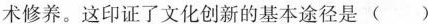
术修养。这印证了文化创新的基本途径是 ( )